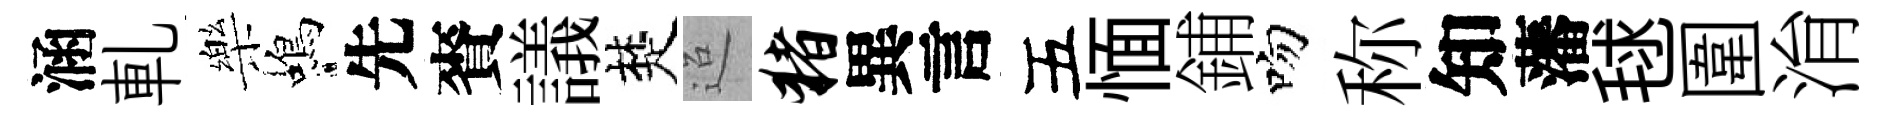
涵軋樂蝎先賚議楚迢猪異言五愐鋪吻称知藩毬圍㳙